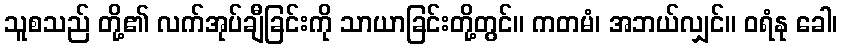
သူစသည် တို့၏ လက်အုပ်ချီခြင်းကို သာယာခြင်းတို့တွင်။ ကတမံ၊ အဘယ်လျှင်။ ဝရံနု ခေါ၊